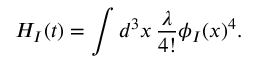
H _ { I } ( t ) = \int d ^ { 3 } x \, { \frac { \lambda } { 4 ! } } \phi _ { I } ( x ) ^ { 4 } .